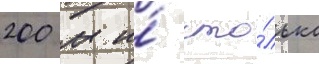
200 м и́ сто́лько